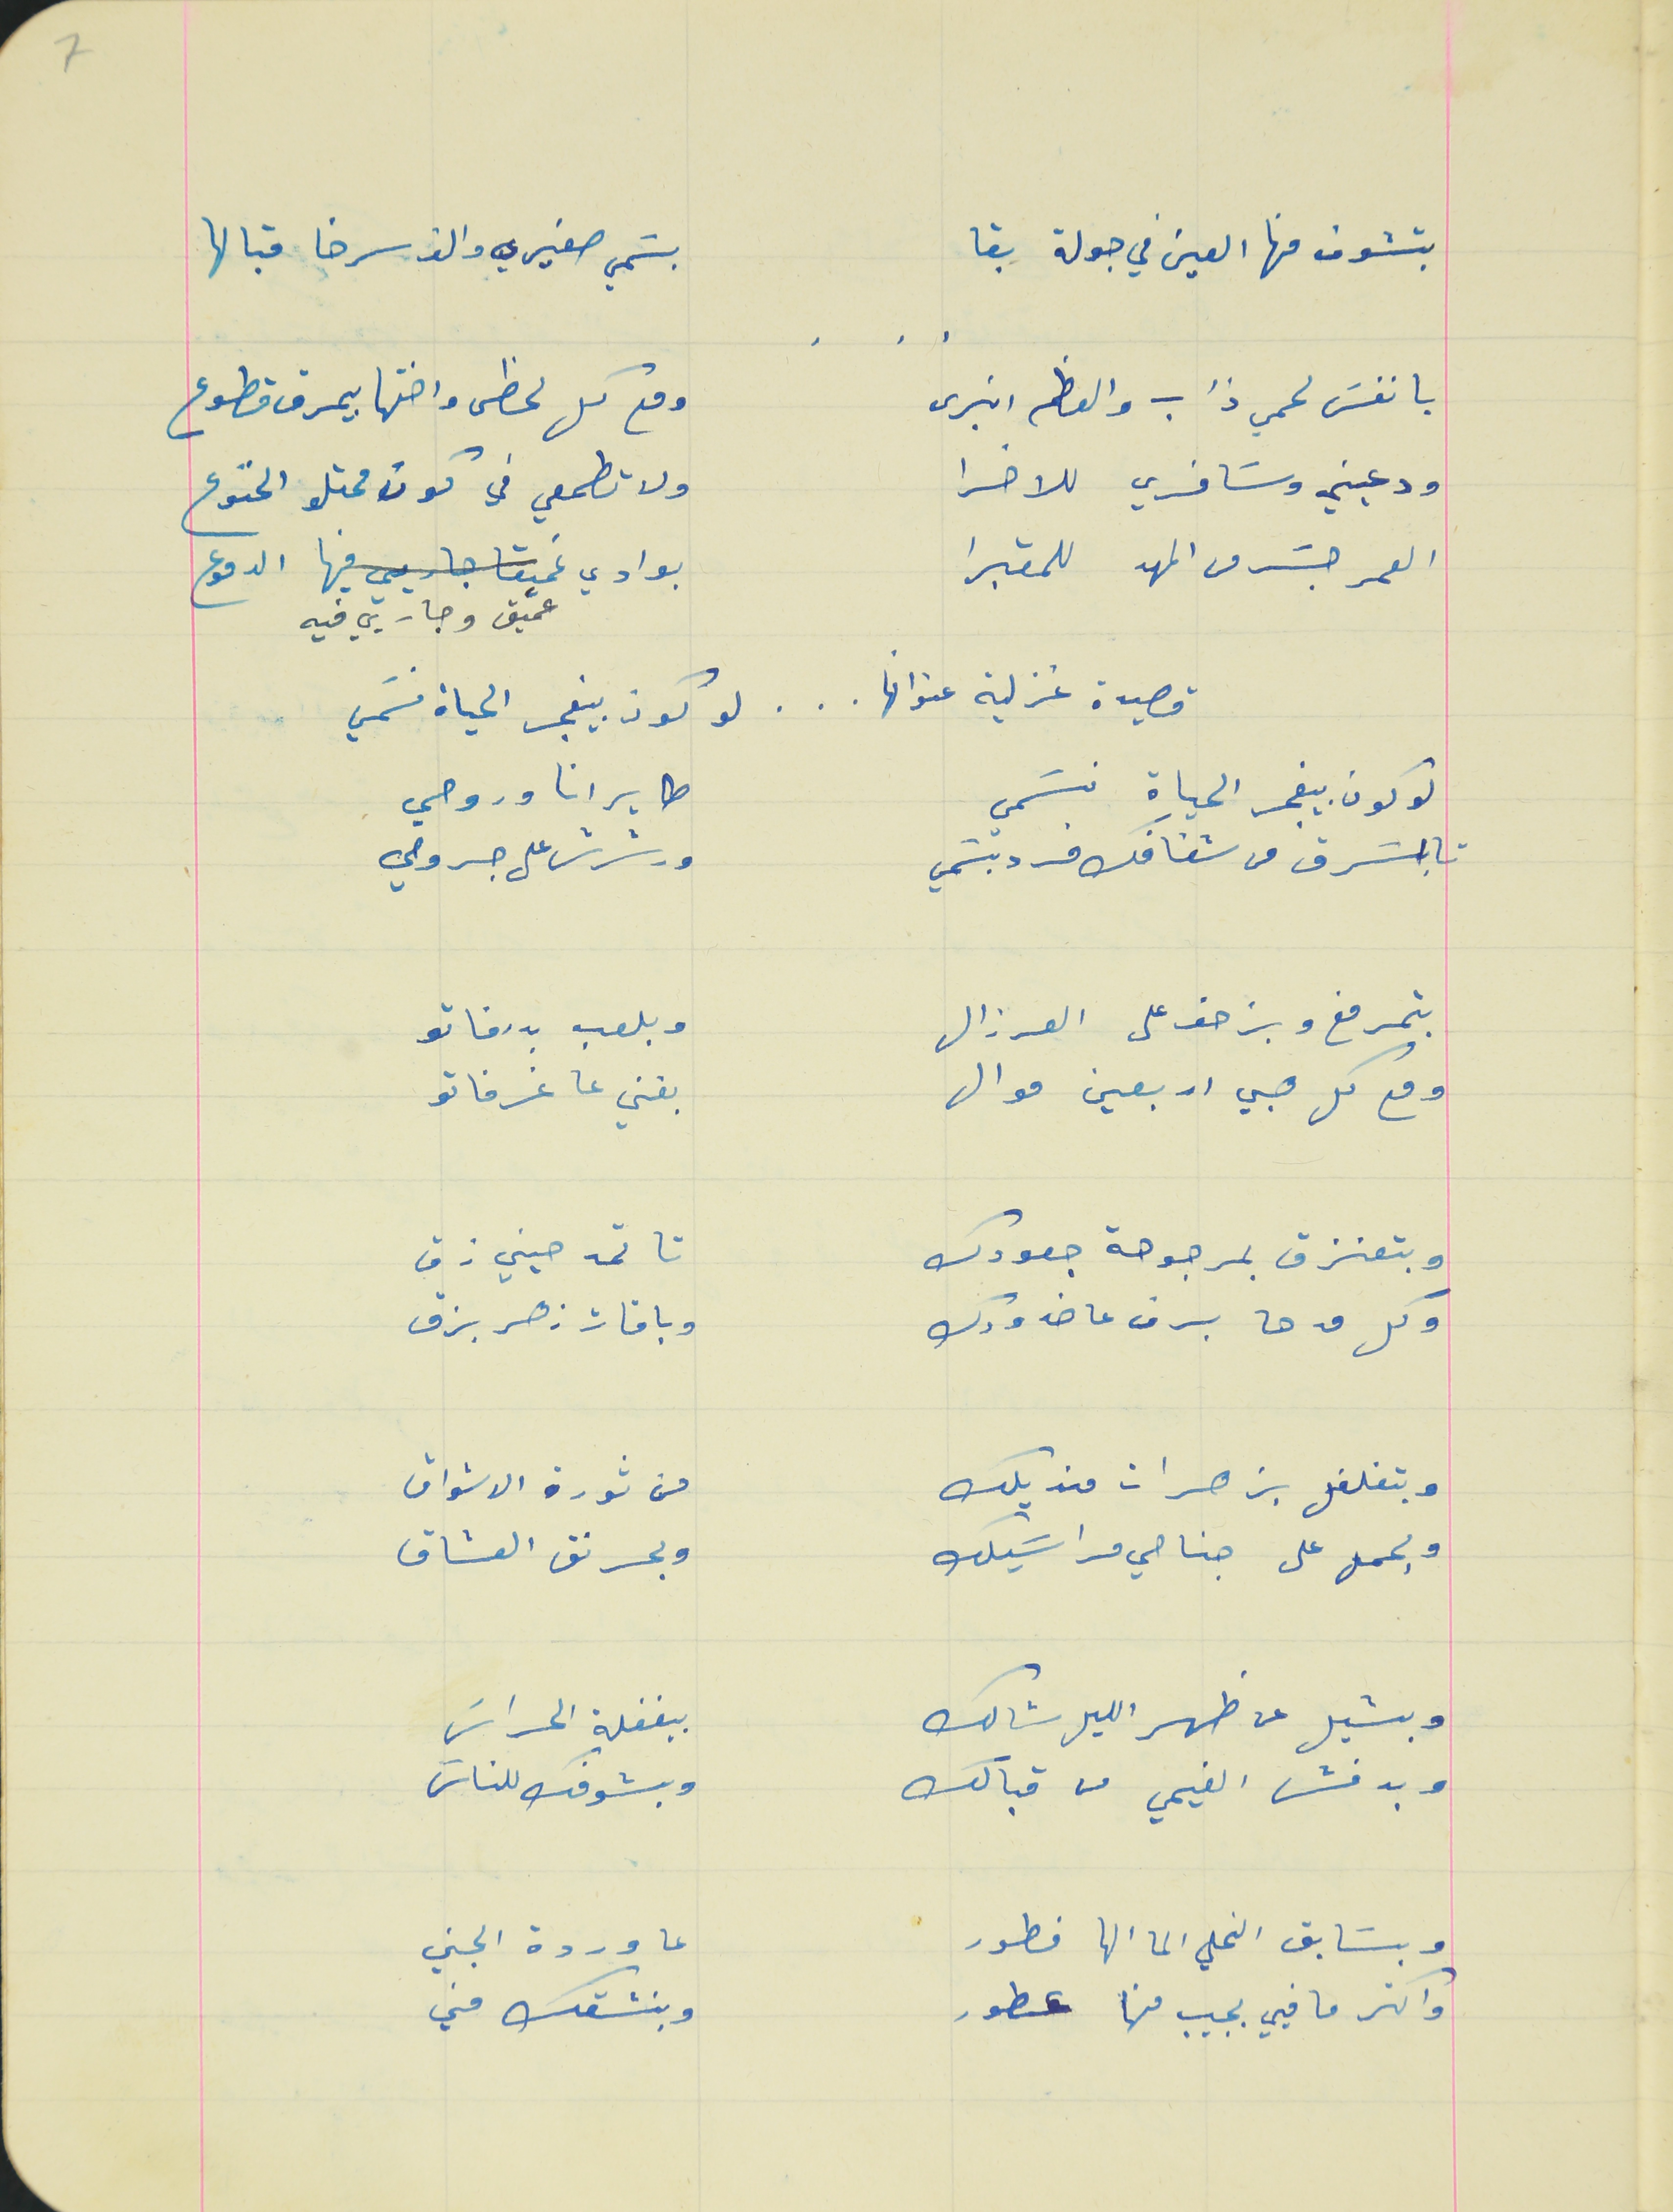
بتشوف منها العين في جولة بقا                          بسَمي صغيري والف سرخا قبالها
يا نفسَ لحمي ذاب والعظم انبرى                       ومع كل لحظى واختها بيمرق قطوع
ودعيني وسَافري للاخرا                                      ولا تطمعي في كون محتلو الخنوع
العمر جسَر من المهد للمقبرا                               بوادي عميق وجاريي فيه الدموع
قصيدة غزلية عنوانها   .   .   .   لو كون بيفجر الحياة نسَمي
لو كون بيفجر الحياة نسَمي                                طاير انا وروحي
تا إسَرق من شفافك فرد بسَمي                                ورشرش على جروحي
بتمرمغ وبزحف على العرزال                                وبلعب بدرفاتو
 ومع كل هبي اربعين موال                                  بغني عا غرفاتو
وبتعنزق بمرجوحة جعودك                                     تا تمدحيني زق
 وكل مدحا برف عا خدودك                                     وباقات زهر بزق
وبتغلغل بزهرات منديلك                                       من ثورة الاشواق
وبحمل على جناحي مراسَيلك                                  وبحرنق العشاق
وبشيل عن ظهر الليل شالك                                      بغفلة الحراسَ
 وبدفش الغيمي من قبالك                                       وبشوفك للناسَ
وبسَابق النحلي الما الها فطور                                    عا وردة الجني
 واكتر ما فيي بجيب منها عطور                                   وبنشقك مني
    .    .    .
7